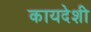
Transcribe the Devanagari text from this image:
कायदेशी